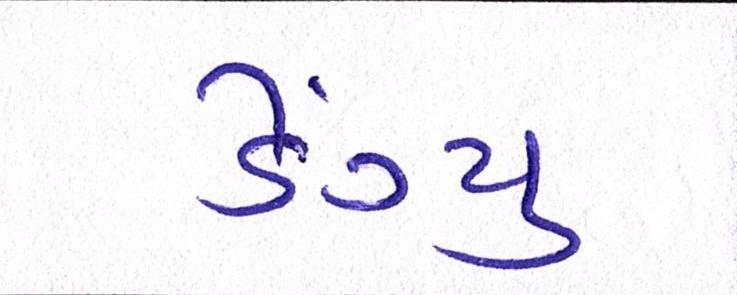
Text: ડેંગ્યુ